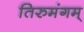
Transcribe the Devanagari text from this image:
तिरुमंगम्‌